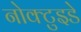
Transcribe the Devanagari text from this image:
नोक्टुइडे